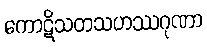
ကောဋိသတသဟဿဂုဏာ